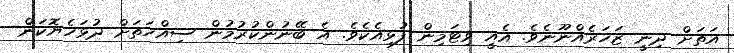
އަތަށް ދިނީ ޒަހަރެއްނޫނެވެ. އެއީ ވިޓަމިން ފުޅިއެކެވެ. އެ ބޭނުންކުރުމުން ސިއްހަތަށް ދުޅަހެޔޮކަން